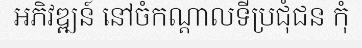
អភិវឌ្ឍន៍ នៅចំកណ្តាលទីប្រជុំជន កុំ